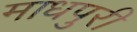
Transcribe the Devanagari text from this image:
माधपुरी